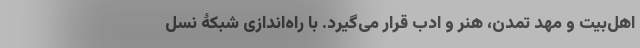
اهل‌بیت و مهد تمدن، هنر و ادب قرار می‌گیرد. با راه‌اندازی شبکۀ نسل